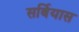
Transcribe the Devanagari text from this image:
सर्बियास